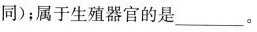
同)；属于生殖器官的是\underline。